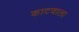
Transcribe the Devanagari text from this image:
काटवाला